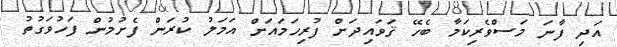
އަދި ފާނަ މަސްވެރިކަމާ ބެހޭ ޤަވައިދަށް ފުރިހަމައަށް އަމަލު ކުރަން ފެށުމުން ފަހުވަގުތު